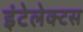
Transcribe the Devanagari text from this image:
इंटेलेक्टस